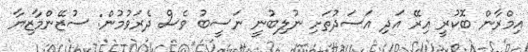
އިމްރާން ބޮކުރީ އިރޭ އަދި އަސަދުތަށި ނުލިބުނީ ނަސީބު ވެސް ދެރަވުމުން: ސުޒޭންމާޒިޔާ